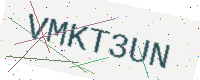
Text: VMKT3UN